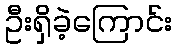
ဦးရှိခဲ့ကြောင်း